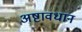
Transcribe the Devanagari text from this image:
अष्टावधान